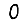
Digit: 0